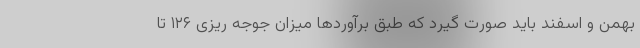
بهمن و اسفند باید صورت گیرد که طبق برآورد‌ها میزان جوجه ریزی ۱۲۶ تا